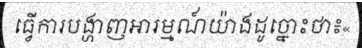
ធ្វើការបង្ហាញអារម្មណ៍យ៉ាងដូច្នោះថា៖«